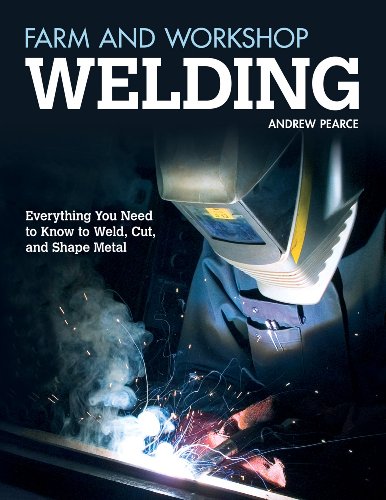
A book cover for Farm and Workshop Welding: Everything You Need to Know to Weld, Cut, and Shape Metal; Andrew Pearce; Engineering & Transportation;